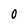
Character: 0